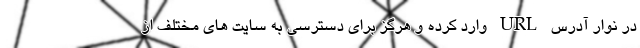
در نوار آدرس URL وارد کرده و هرگز برای دسترسی به سایت های مختلف از